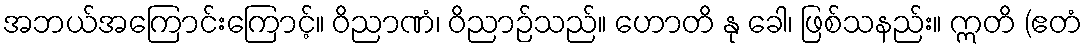
အဘယ်အကြောင်းကြောင့်။ ဝိညာဏံ၊ ဝိညာဉ်သည်။ ဟောတိ နု ခေါ၊ ဖြစ်သနည်း။ ဣတိ (ဧတံ